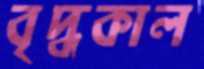
বৃদ্ধকাল